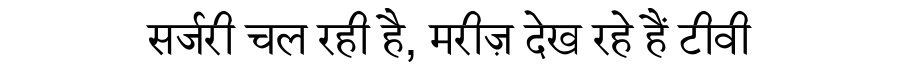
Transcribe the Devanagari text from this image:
सर्जरी चल रही है, मरीज़ देख रहे हैं टीवी